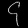
Digit: ၄